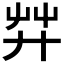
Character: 𦬧